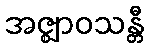
အဇ္ဈာဝသန္တီ